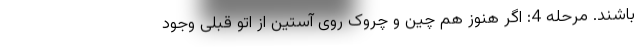
باشند. مرحله 4: اگر هنوز هم چین و چروک روی آستین از اتو قبلی وجود